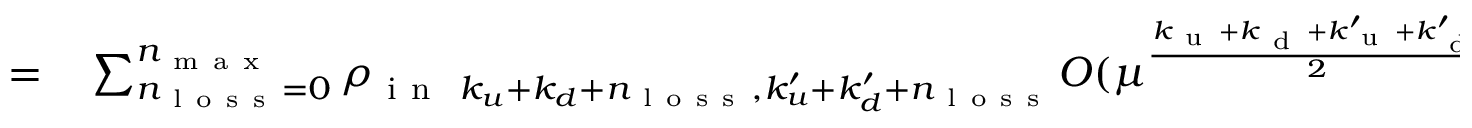
\begin{array} { r l } { = } & { { } \sum _ { n _ { \mathrm { ~ l ~ o ~ s ~ s ~ } } = 0 } ^ { n _ { \mathrm { ~ m ~ a ~ x ~ } } } \rho _ { \mathrm { ~ i ~ n ~ } ~ k _ { u } + k _ { d } + n _ { \mathrm { ~ l ~ o ~ s ~ s ~ } } , k _ { u } ^ { \prime } + k _ { d } ^ { \prime } + n _ { \mathrm { ~ l ~ o ~ s ~ s ~ } } } O ( \mu ^ { \frac { k _ { \mathrm { ~ u ~ } } + k _ { \mathrm { ~ d ~ } } + k _ { \mathrm { ~ u ~ } } ^ { \prime } + k _ { \mathrm { ~ d ~ } } ^ { \prime } } { 2 } } ) . } \end{array}